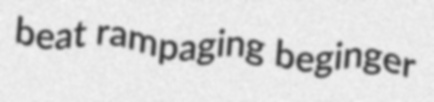
beat rampaging beginger